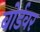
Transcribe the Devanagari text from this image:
बोर्डवर